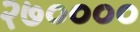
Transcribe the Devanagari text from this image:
२७००००